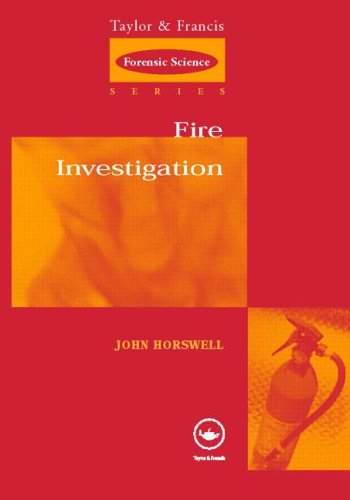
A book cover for Fire Investigation (International Forensic Science and Investigation); Niamh Nic Daeid; Medical Books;